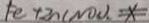
F e + 2 n ( N O ) . x